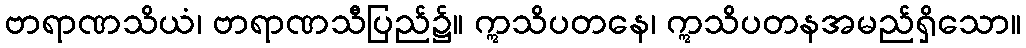
ဗာရာဏသိယံ၊ ဗာရာဏသီပြည်၌။ ဣသိပတနေ၊ ဣသိပတနအမည်ရှိသော။